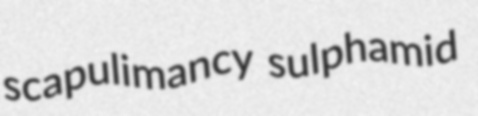
scapulimancy sulphamid